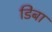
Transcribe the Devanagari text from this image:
डिबा